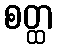
စတ္ထ